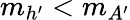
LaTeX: m_{h^{\prime}}<m_{A^{\prime}}